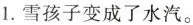
1. 雪孩子变成了水汽。